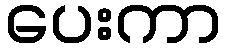
ပေးကာ